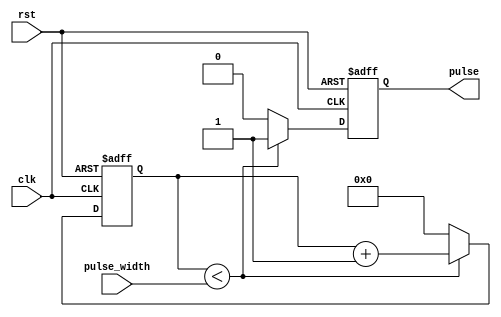
module pulse_generator (
        input wire clk, // System clock
        input wire rst, // Reset signal
        input wire pulse_width, // Desired pulse width
        output reg pulse // Generated pulse signal
);

reg [31:0] count; // Counter to keep track of clock cycles

always @(posedge clk or posedge rst) begin
    if (rst) begin
        count <= 0;
        pulse <= 0;
    end else begin
        if (count < pulse_width) begin
            count <= count + 1;
            pulse <= 1;
        end else begin
            count <= 0;
            pulse <= 0;
        end
    end
end

endmodule